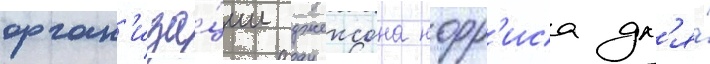
орган'иза́ции джексона норр'иса дл'я́